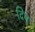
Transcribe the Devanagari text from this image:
दिम्